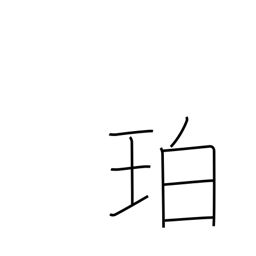
Meaning: amber